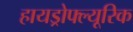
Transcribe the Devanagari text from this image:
हायड्रोफ्ल्यूरिक